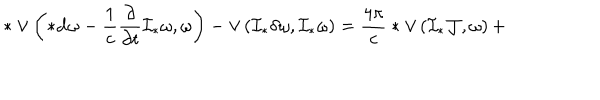
* \vee \left( * { \bf d } \omega - \frac 1 c \frac { \partial } { \partial t } { \cal I } _ { * } \omega , \omega \right) - \vee \left( { \cal I } _ { * } \delta \omega , { \cal I } _ { * } \omega \right) = \frac { 4 \pi } { c } * \vee \left( { \cal I } _ { * } { \cal J } , \omega \right) +